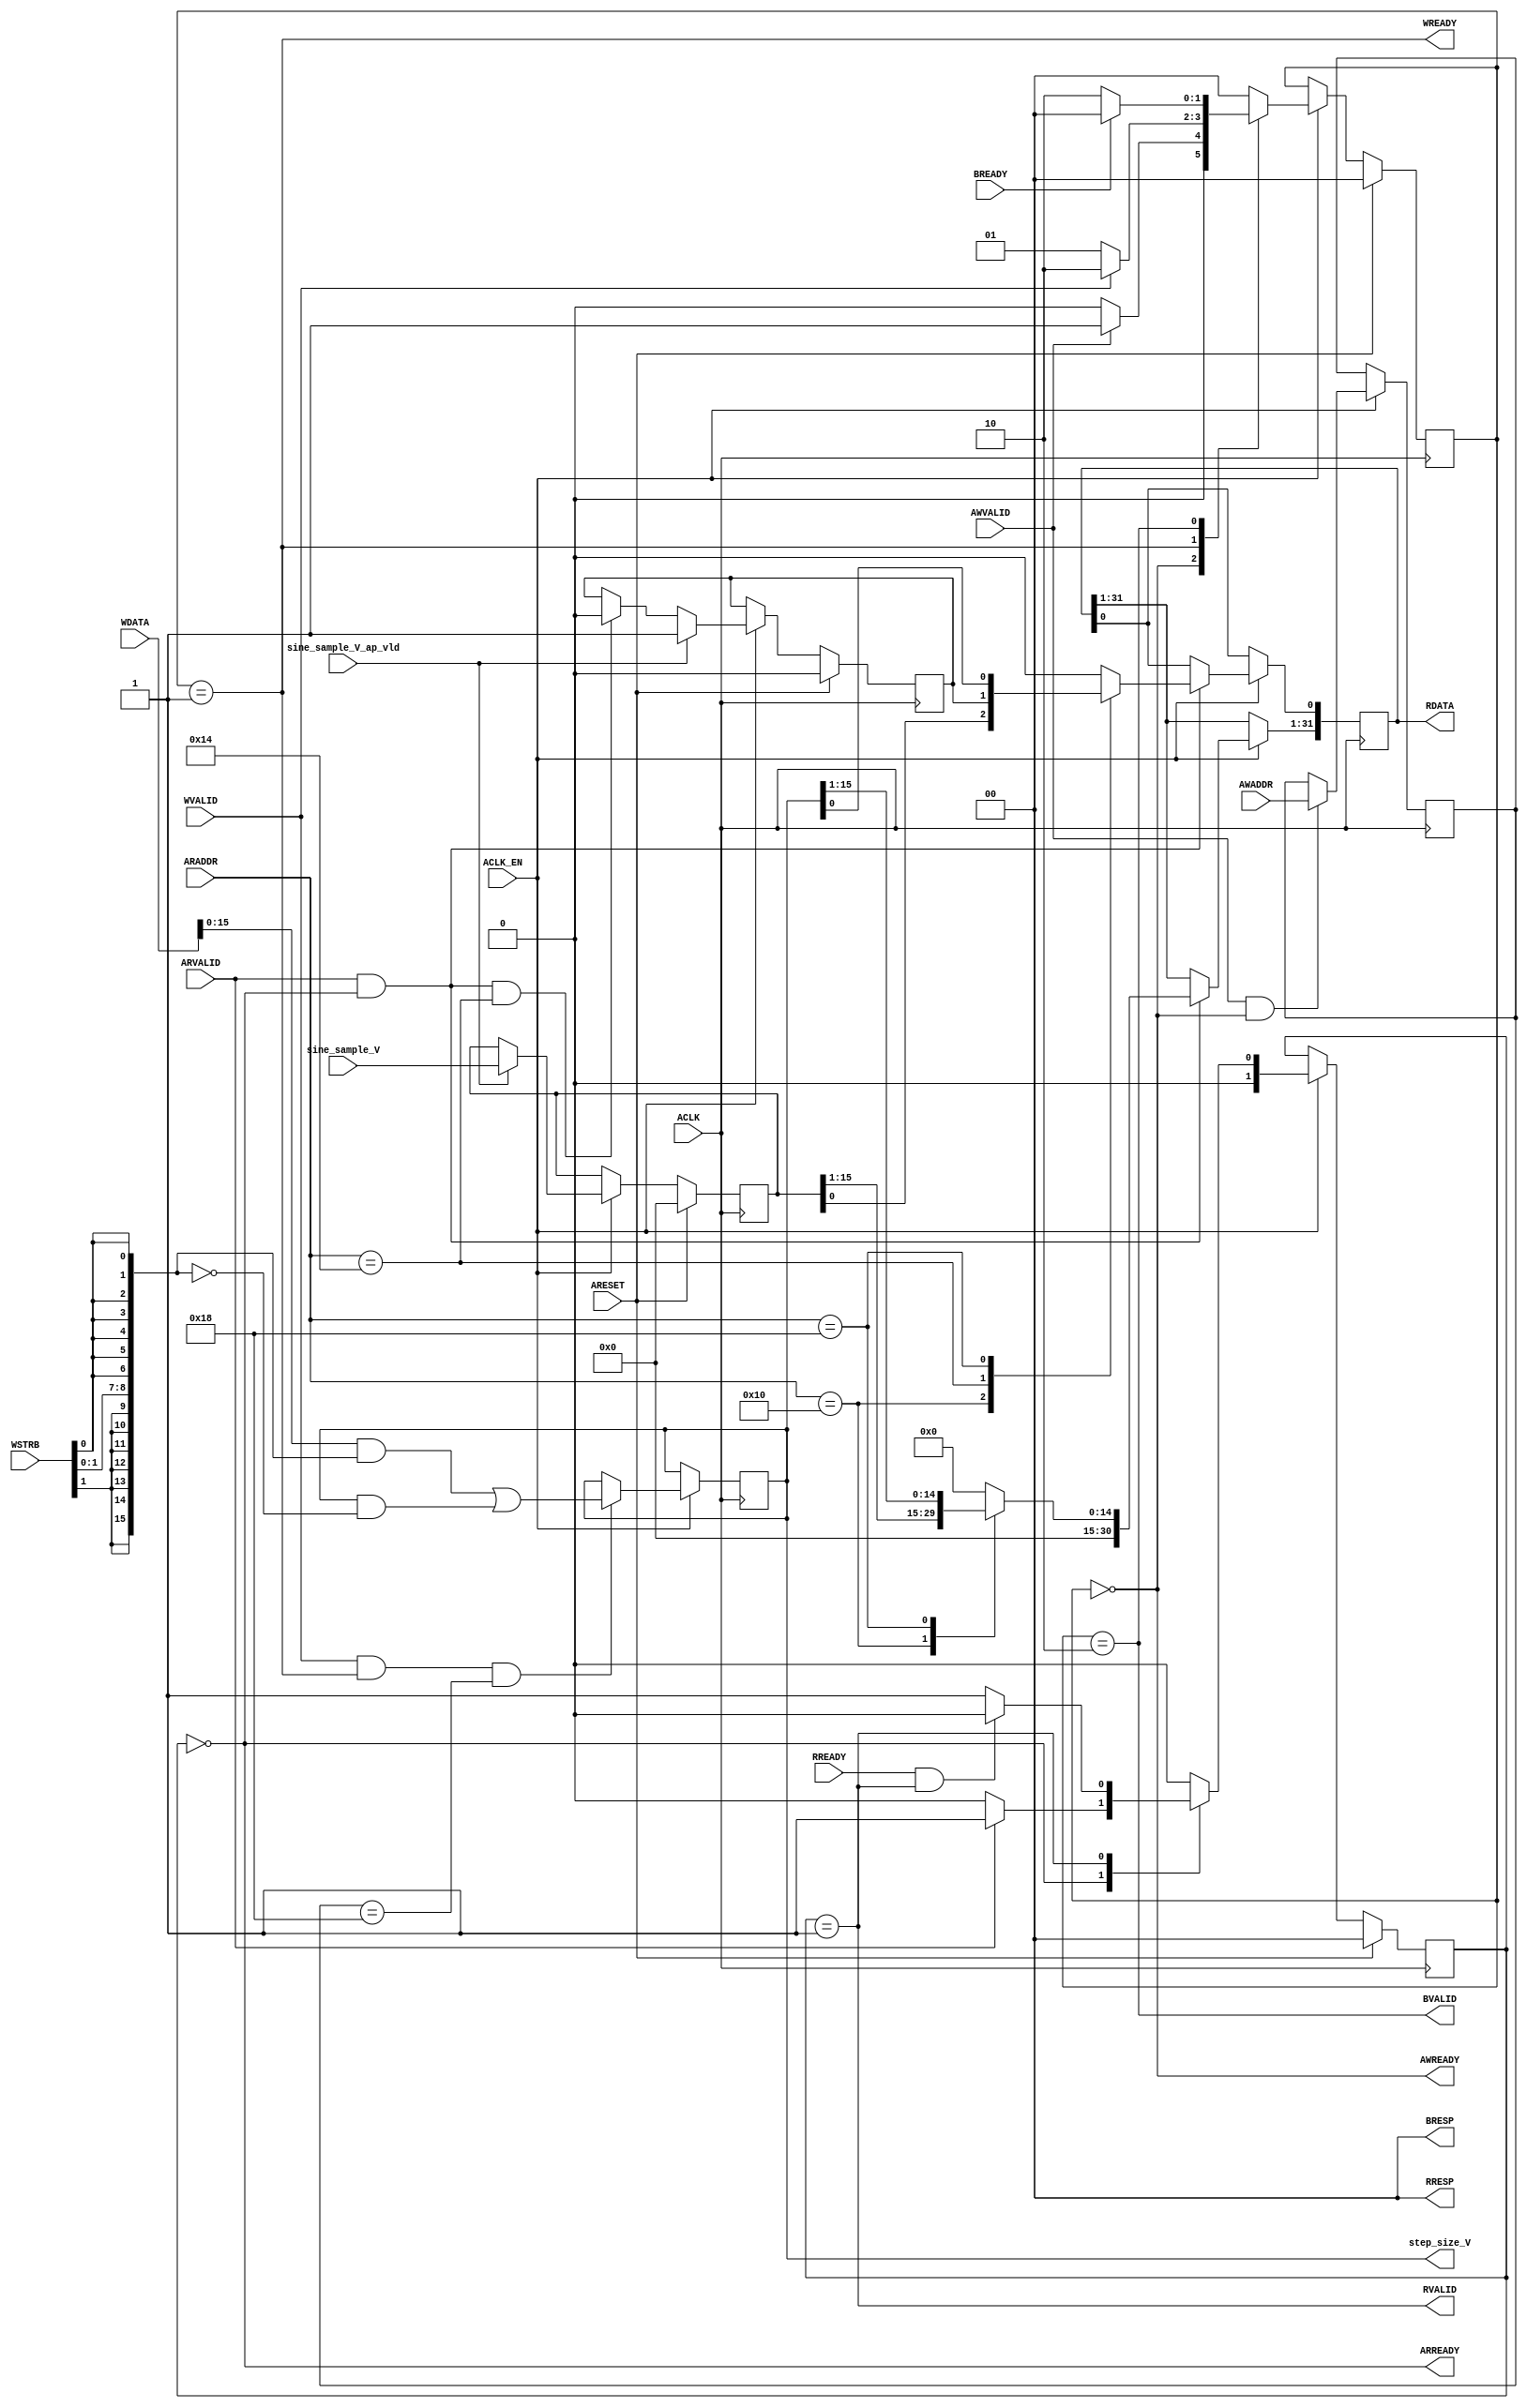
module nco_AXILiteS_s_axi
#(parameter
    C_S_AXI_ADDR_WIDTH = 5,
    C_S_AXI_DATA_WIDTH = 32
)(
    // axi4 lite slave signals
    input  wire                            ACLK,
    input  wire                            ARESET,
    input  wire                            ACLK_EN,
    input  wire [C_S_AXI_ADDR_WIDTH-1:0]   AWADDR,
    input  wire                            AWVALID,
    output wire                            AWREADY,
    input  wire [C_S_AXI_DATA_WIDTH-1:0]   WDATA,
    input  wire [C_S_AXI_DATA_WIDTH/8-1:0] WSTRB,
    input  wire                            WVALID,
    output wire                            WREADY,
    output wire [1:0]                      BRESP,
    output wire                            BVALID,
    input  wire                            BREADY,
    input  wire [C_S_AXI_ADDR_WIDTH-1:0]   ARADDR,
    input  wire                            ARVALID,
    output wire                            ARREADY,
    output wire [C_S_AXI_DATA_WIDTH-1:0]   RDATA,
    output wire [1:0]                      RRESP,
    output wire                            RVALID,
    input  wire                            RREADY,
    // user signals
    input  wire [15:0]                     sine_sample_V,
    input  wire                            sine_sample_V_ap_vld,
    output wire [15:0]                     step_size_V
);
//------------------------Address Info-------------------
// 0x00 : reserved
// 0x04 : reserved
// 0x08 : reserved
// 0x0c : reserved
// 0x10 : Data signal of sine_sample_V
//        bit 15~0 - sine_sample_V[15:0] (Read)
//        others   - reserved
// 0x14 : Control signal of sine_sample_V
//        bit 0  - sine_sample_V_ap_vld (Read/COR)
//        others - reserved
// 0x18 : Data signal of step_size_V
//        bit 15~0 - step_size_V[15:0] (Read/Write)
//        others   - reserved
// 0x1c : reserved
// (SC = Self Clear, COR = Clear on Read, TOW = Toggle on Write, COH = Clear on Handshake)

//------------------------Parameter----------------------
// address bits
localparam
    ADDR_BITS = 5;

// address
localparam
    ADDR_SINE_SAMPLE_V_DATA_0 = 5'h10,
    ADDR_SINE_SAMPLE_V_CTRL   = 5'h14,
    ADDR_STEP_SIZE_V_DATA_0   = 5'h18,
    ADDR_STEP_SIZE_V_CTRL     = 5'h1c;

// axi write fsm
localparam
    WRIDLE = 2'd0,
    WRDATA = 2'd1,
    WRRESP = 2'd2;

// axi read fsm
localparam
    RDIDLE = 2'd0,
    RDDATA = 2'd1;

//------------------------Local signal-------------------
// axi write
reg  [1:0]           wstate;
reg  [1:0]           wnext;
reg  [ADDR_BITS-1:0] waddr;
wire [31:0]          wmask;
wire                 aw_hs;
wire                 w_hs;
// axi read
reg  [1:0]           rstate;
reg  [1:0]           rnext;
reg  [31:0]          rdata;
wire                 ar_hs;
wire [ADDR_BITS-1:0] raddr;
// internal registers
reg  [15:0]          int_sine_sample_V;
reg                  int_sine_sample_V_ap_vld;
reg  [15:0]          int_step_size_V;

//------------------------Body---------------------------
//++++++++++++++++++++++++axi write++++++++++++++++++++++
assign AWREADY = (wstate == WRIDLE);
assign WREADY  = (wstate == WRDATA);
assign BRESP   = 2'b00;  // OKAY
assign BVALID  = (wstate == WRRESP);
assign wmask   = { {8{WSTRB[3]}}, {8{WSTRB[2]}}, {8{WSTRB[1]}}, {8{WSTRB[0]}} };
assign aw_hs   = AWVALID & AWREADY;
assign w_hs    = WVALID & WREADY;

// wstate
always @(posedge ACLK) begin
    if (ARESET)
        wstate <= WRIDLE;
    else if (ACLK_EN)
        wstate <= wnext;
end

// wnext
always @(*) begin
    case (wstate)
        WRIDLE:
            if (AWVALID)
                wnext = WRDATA;
            else
                wnext = WRIDLE;
        WRDATA:
            if (WVALID)
                wnext = WRRESP;
            else
                wnext = WRDATA;
        WRRESP:
            if (BREADY)
                wnext = WRIDLE;
            else
                wnext = WRRESP;
        default:
            wnext = WRIDLE;
    endcase
end

// waddr
always @(posedge ACLK) begin
    if (ACLK_EN) begin
        if (aw_hs)
            waddr <= AWADDR[ADDR_BITS-1:0];
    end
end
//+++++++++++++++++++++++++++++++++++++++++++++++++++++++

//++++++++++++++++++++++++axi read+++++++++++++++++++++++
assign ARREADY = (rstate == RDIDLE);
assign RDATA   = rdata;
assign RRESP   = 2'b00;  // OKAY
assign RVALID  = (rstate == RDDATA);
assign ar_hs   = ARVALID & ARREADY;
assign raddr   = ARADDR[ADDR_BITS-1:0];

// rstate
always @(posedge ACLK) begin
    if (ARESET)
        rstate <= RDIDLE;
    else if (ACLK_EN)
        rstate <= rnext;
end

// rnext
always @(*) begin
    case (rstate)
        RDIDLE:
            if (ARVALID)
                rnext = RDDATA;
            else
                rnext = RDIDLE;
        RDDATA:
            if (RREADY & RVALID)
                rnext = RDIDLE;
            else
                rnext = RDDATA;
        default:
            rnext = RDIDLE;
    endcase
end

// rdata
always @(posedge ACLK) begin
    if (ACLK_EN) begin
        if (ar_hs) begin
            rdata <= 1'b0;
            case (raddr)
                ADDR_SINE_SAMPLE_V_DATA_0: begin
                    rdata <= int_sine_sample_V[15:0];
                end
                ADDR_SINE_SAMPLE_V_CTRL: begin
                    rdata[0] <= int_sine_sample_V_ap_vld;
                end
                ADDR_STEP_SIZE_V_DATA_0: begin
                    rdata <= int_step_size_V[15:0];
                end
            endcase
        end
    end
end
//+++++++++++++++++++++++++++++++++++++++++++++++++++++++

//++++++++++++++++++++++++internal registers+++++++++++++
assign step_size_V = int_step_size_V;

// int_sine_sample_V
always @(posedge ACLK) begin
    if (ARESET)
        int_sine_sample_V <= 0;
    else if (ACLK_EN) begin
        if (sine_sample_V_ap_vld)
            int_sine_sample_V <= sine_sample_V;
    end
end

// int_sine_sample_V_ap_vld
always @(posedge ACLK) begin
    if (ARESET)
        int_sine_sample_V_ap_vld <= 1'b0;
    else if (ACLK_EN) begin
        if (sine_sample_V_ap_vld)
            int_sine_sample_V_ap_vld <= 1'b1;
        else if (ar_hs && raddr == ADDR_SINE_SAMPLE_V_CTRL)
            int_sine_sample_V_ap_vld <= 1'b0; // clear on read
    end
end

// int_step_size_V[15:0]
always @(posedge ACLK) begin
    if (ACLK_EN) begin
        if (w_hs && waddr == ADDR_STEP_SIZE_V_DATA_0)
            int_step_size_V[15:0] <= (WDATA[31:0] & wmask) | (int_step_size_V[15:0] & ~wmask);
    end
end

//+++++++++++++++++++++++++++++++++++++++++++++++++++++++

endmodule